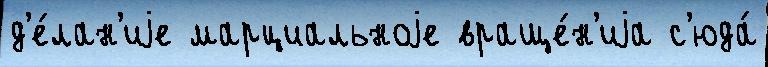
д'е́лан'иjе марциальноjе враще́н'иjа с'юда́